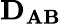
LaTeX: \mathbf{D_{AB}}